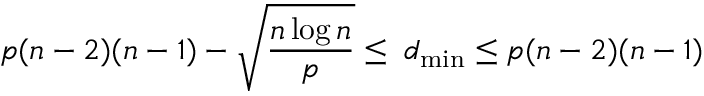
p ( n - 2 ) ( n - 1 ) - \sqrt { \frac { n \log n } { p } } \leq \; d _ { \operatorname* { m i n } } \leq p ( n - 2 ) ( n - 1 )